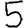
Digit: 5